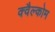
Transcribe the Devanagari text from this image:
क्वैल्कोम